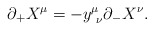
\begin{align*}\partial_+ X^\mu = -y ^\mu_{~\nu} \partial_- X^\nu.\end{align*}